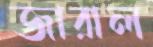
জারাল